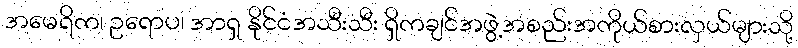
အမေရိက၊ ဥရောပ၊ အာရှ နိုင်ငံအသီးသီး ရှိကချင်အဖွဲ့အစည်းအကိုယ်စားလှယ်များသို့